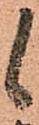
候